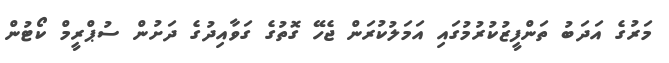
މަރުގެ އަދަބު ތަންފީޒުކުރުމުގައި އަމަލުކުރަން ޖެހޭ ގޮތުގެ ގަވާއިދުގެ ދަށުން ސުޕްރީމް ކޯޓުން